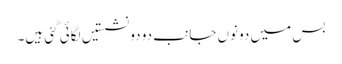
بس میں دونوں جانب دو دو نشستیں لگائی گئی ہیں۔